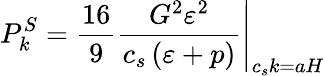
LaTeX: P_{k}^{S}=\left.\frac{16}{9}\frac{G^{2}\varepsilon^{2}}{c_{s}\left(\varepsilon+p\right)}\right|_{c_{s}k=aH}